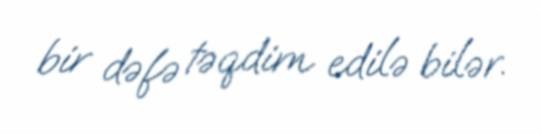
bir dəfə təqdim edilə bilər.